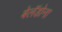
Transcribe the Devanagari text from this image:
बेलॅडोना